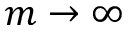
m \rightarrow \infty